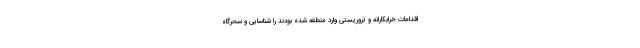
اقدامات خرابکارانه و تروریستی وارد منطقه شده بودند را شناسایی و سحرگاه